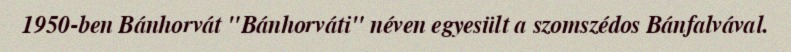
1950-ben Bánhorvát "Bánhorváti" néven egyesült a szomszédos Bánfalvával.